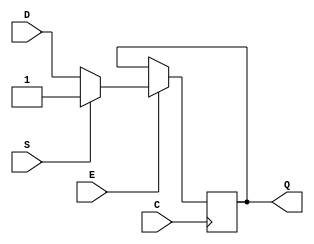
module SB_DFFESS (output Q, input C, E, S, D);
	reg Q = 0;
	always @(posedge C)
		if (E) begin
			if (S)
				Q <= 1;
			else
				Q <= D;
		end
endmodule